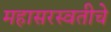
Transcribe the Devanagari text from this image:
महासरस्वतीचे